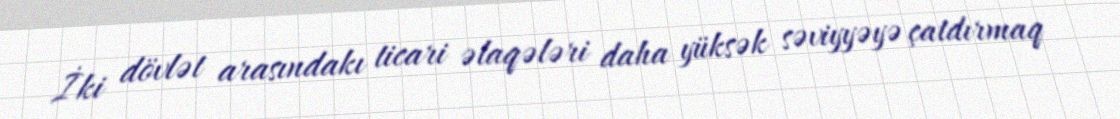
İki dövlət arasındakı ticari əlaqələri daha yüksək səviyyəyə çatdırmaq